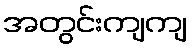
အတွင်းကျကျ